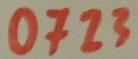
Text: 0723